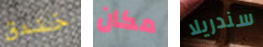
خندق مكان سندريلا